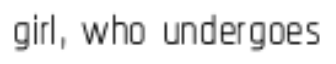
girl, who undergoes